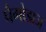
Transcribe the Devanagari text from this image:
पैगोडाज